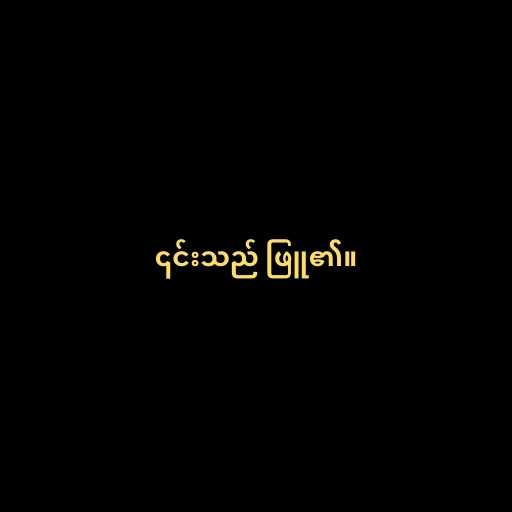
၎င်းသည် ဖြူ၏။